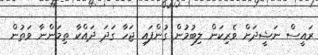
ރައީސް ނަޝީދަށް ވެރިކަން ލިބުމުން ގުންފައި ޖަހާ ގަދަ ދައްކާ ތިމަންނާ ވަތުން